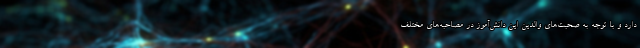
دارد و با توجه به صحبت‌های والدین این دانش‌آموز در مصاحبه‌های مختلف